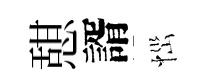
憇諝𢙉